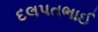
દલપતભાઈ